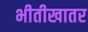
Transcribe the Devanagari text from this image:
भीतीखातर